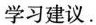
学习建议。